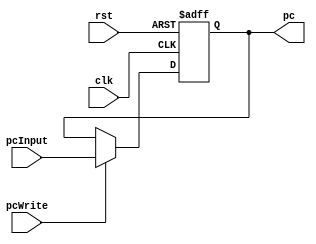
module PC(pcInput, pcWrite, clk, rst, pc);
    input [31:0] pcInput;
    input pcWrite;
    input clk, rst; 
    output reg [31:0] pc;
    always @(posedge clk or posedge rst) begin
        if (rst == 1'b1)
	        pc <= 32'b0;
	    else
            if (pcWrite == 1'b1) pc <= pcInput;
    end
endmodule